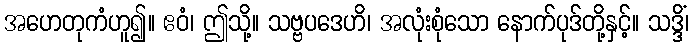
အဟေတုကံဟူ၍။ ဧဝံ၊ ဤသို့။ သဗ္ဗပဒေဟိ၊ အလုံးစုံသော နောက်ပုဒ်တို့နှင့်။ သဒ္ဒိံ၊